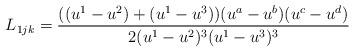
LaTeX: \begin{align*} L_{1jk}=\frac{((u^1-u^2)+(u^1-u^3))(u^{a}-u^{b})(u^{c}-u^{d})} {2(u^1-u^2)^3(u^1-u^3)^3}\end{align*}